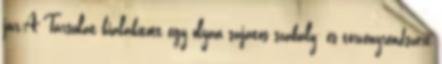
jár.A Társulat kialakított egy olyan sajátos szabály- és törvényrendszert